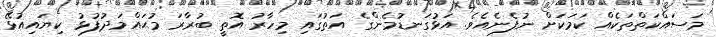
މަސައްކަތްތަކެއް ކަމަކަށް ނުފެނެއެވެ. އަޅުގަނޑުމެންގެ އަތުގައި މިހާރު އޮތީ ބުރާރަ މުޙައްމަދުފުޅު ކިޔައިއުޅޭ